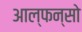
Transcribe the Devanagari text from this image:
आल्फन्सो